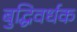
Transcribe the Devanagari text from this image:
बुद्धिवर्धक